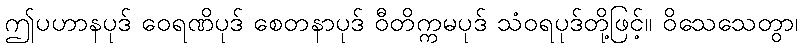
ဤပဟာနပုဒ် ဝေရဏိပုဒ် စေတနာပုဒ် ဝီတိက္ကမပုဒ် သံဝရပုဒ်တို့ဖြင့်။ ဝိသေသေတွာ၊